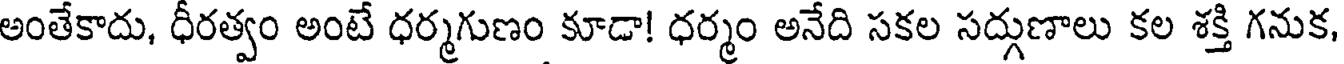
అంతేకాదు, ధీరత్వం అంటే ధర్మగుణం కూడా! ధర్మం అనేది సకల సద్గుణాలు కల శక్తి గనుక